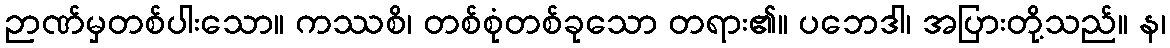
ဉာဏ်မှတစ်ပါးသော။ ကဿစိ၊ တစ်စုံတစ်ခုသော တရား၏။ ပဘေဒါ၊ အပြားတို့သည်။ န၊